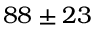
8 8 \pm 2 3